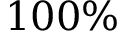
1 0 0 \%